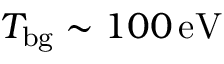
T _ { \mathrm { b g } } \sim 1 0 0 \, \mathrm { e V }